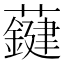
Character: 𧃑